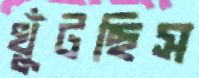
খুঁটছিস